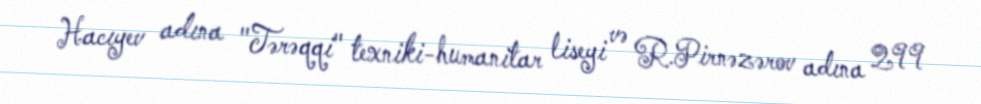
Hacıyev adına "Tərəqqi" texniki-humanitar liseyi və R.Pirnəzərov adına 299